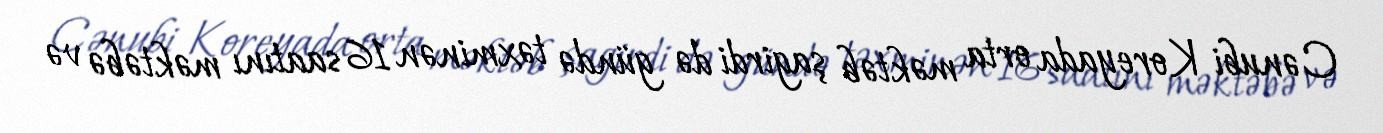
Cənubi Koreyada orta məktəb şagirdi də gündə təxminən 16 saatını məktəbə və